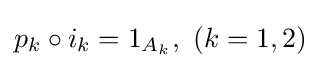
p_{k}\circ i_{k}=1_{A_{k}},\ (k=1,2)